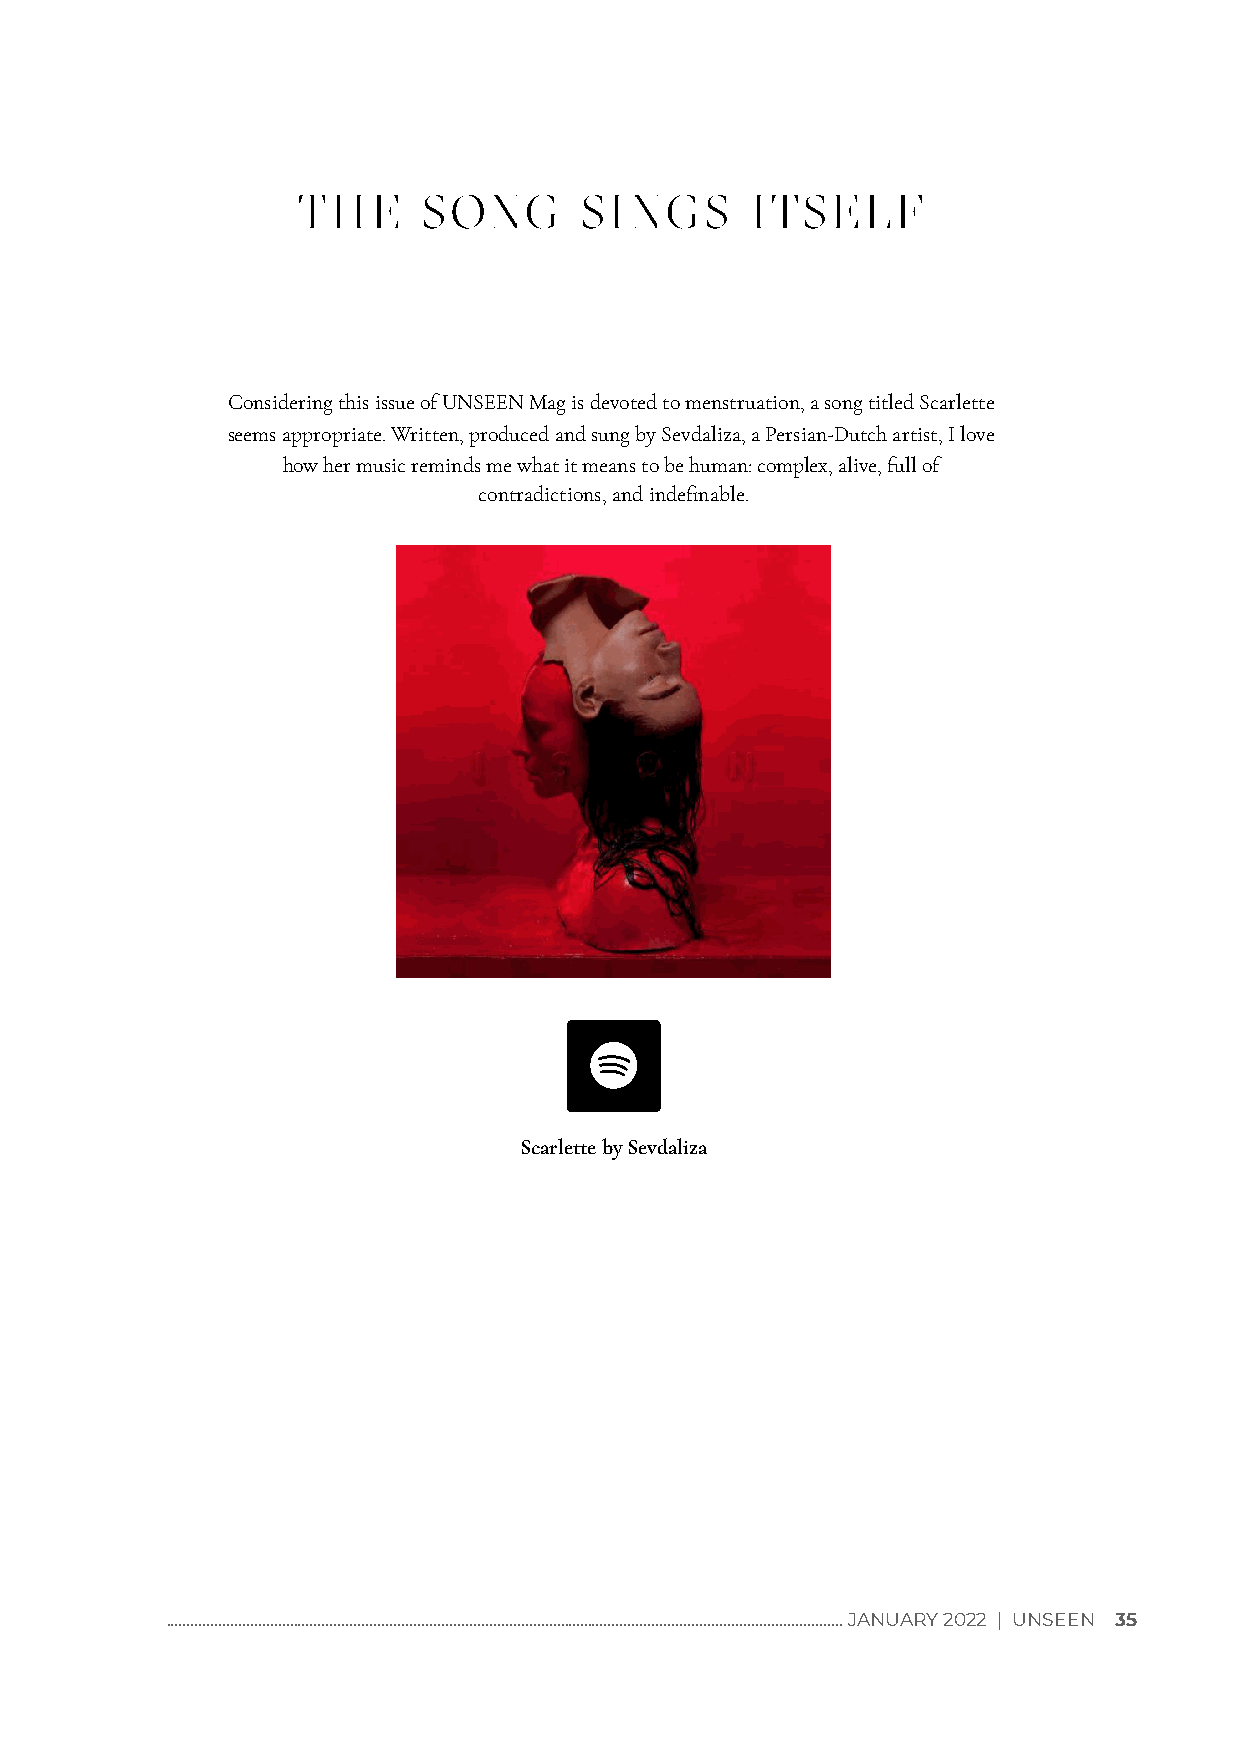
THE     SONG      SINGS       ITSELF
 Considering this issue of UNSEEN Mag is devoted to menstruation, a song titled Scarlette
 seems appropriate. Written, produced and sung by Sevdaliza, a Persian-Dutch artist, I love
 how her music reminds me what it means to be human: complex, alive, full of
 contradictions, and indenable.
 Scarlette by Sevdaliza
 .......................................................................................................................................................................... JANUARY 2022 | UNSEEN 35